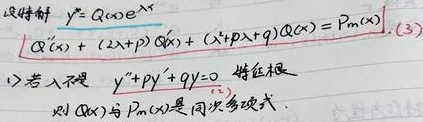
设特解 \(y^{*}=Q(x)e^{-\lambda x}\)，
\[Q''(x)+(2\lambda + p)Q'(x)+(\lambda^{2}+p\lambda+q)Q(x)=P_{m}(x).\quad(3)\]
1) 若 \(\lambda\) 不是 \(y'' + py'+qy = 0\) 特征根，则 \(Q(x)\) 与 \(P_{m}(x)\) 是同次多项式。